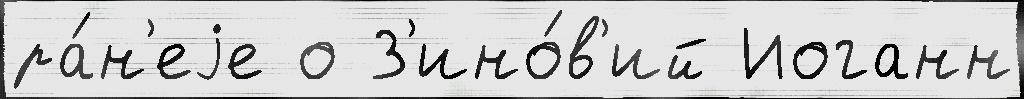
ра́н'еjе о З'ино́в'ий Иоганн